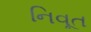
નિવૂત